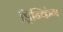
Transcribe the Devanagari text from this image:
ड्रिन्किंग